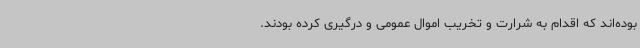
بوده‌اند که اقدام به شرارت و تخریب اموال عمومی و درگیری کرده بودند.